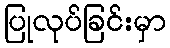
ပြုလုပ်ခြင်းမှာ